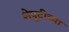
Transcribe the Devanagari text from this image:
शेपूटीच्या